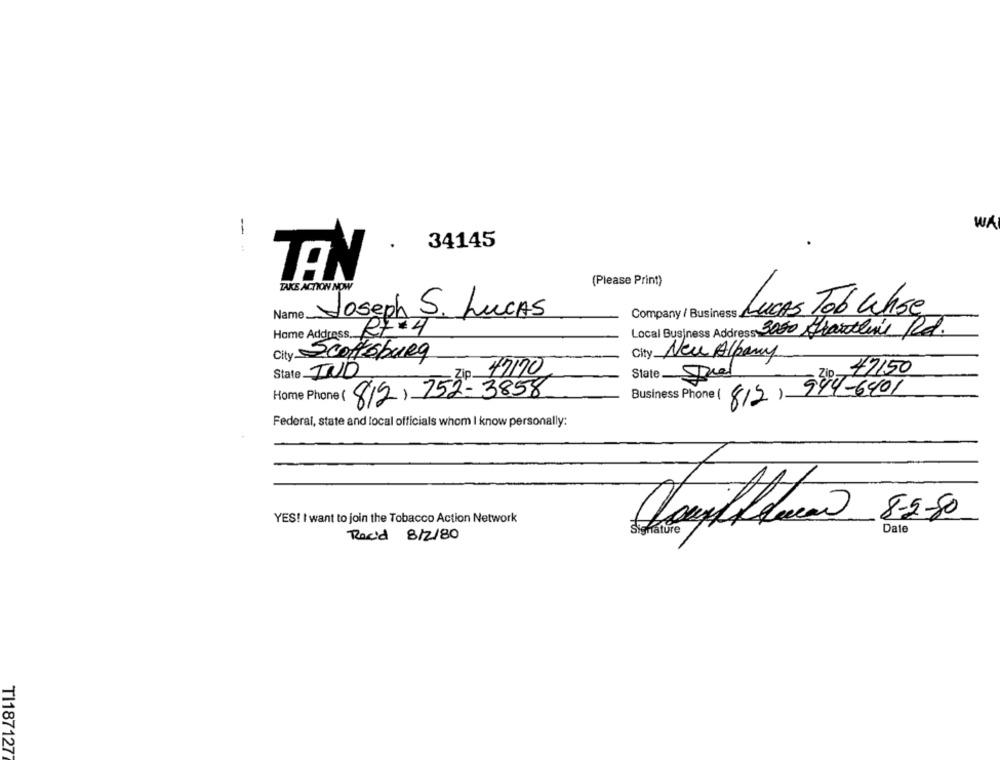
WA
-
34145
TAN
TAKE ACTION NOW
(Please Print)
Lucas Tob Whse
Name
Joseph S. Lucas
Home Address R7 4
Local Business Address 3000 Hardline Rd.
City New Albany
City Scottsburg
State IND
47170
$7150
State Dual
Home Phone (812) 752-3858
Business Phone ( (812) 944-6401
Federal, state and local officials whom I know personally:
YES! I want to join the Tobacco Action Network
8-5-50
Signature
Date
Rec'd 8/2/80
TI187127